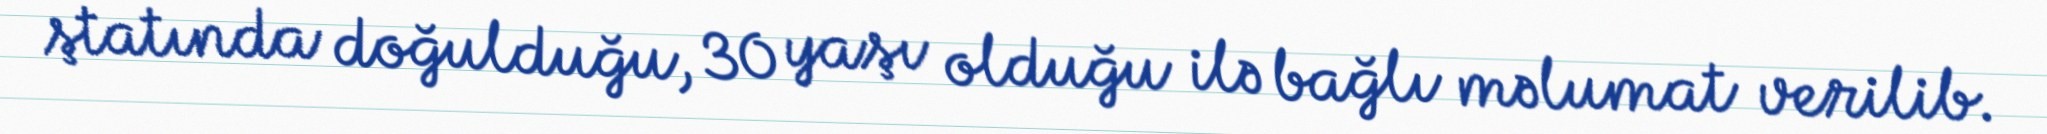
ştatında doğulduğu, 30 yaşı olduğu ilə bağlı məlumat verilib.